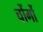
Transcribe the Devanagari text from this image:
चोंगों